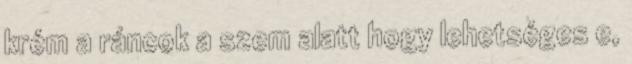
krém a ráncok a szem alatt hogy lehetséges e,